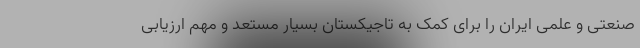
صنعتی و علمی ایران را برای کمک به تاجیکستان بسیار مستعد و مهم ارزیابی